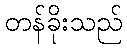
တန်ခိုးသည်